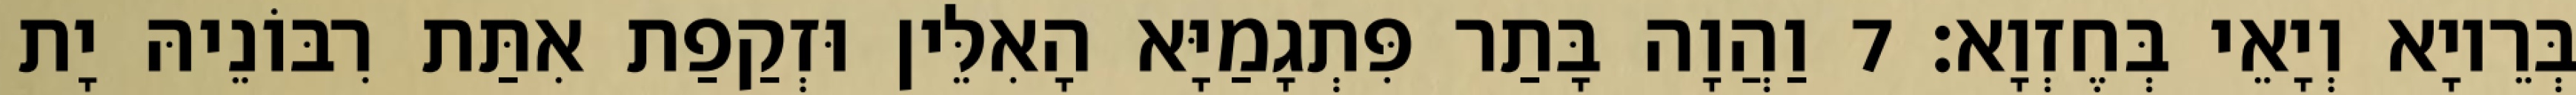
בְּרֵיוָא וְיָאֵי בְּחֶזְוָא׃ 7 וַהֲוָה בָּתַר פִּתְגָמַיָּא הָאִלֵּין וּזְקַפַת אִתַּת רִבּוֹנֵיהּ יָת